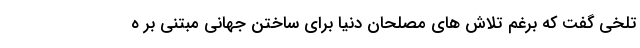
تلخی گفت که برغم تلاش های مصلحان دنیا برای ساختن جهانی مبتنی بر ه